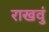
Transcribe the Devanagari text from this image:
राखवुं